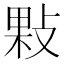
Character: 敤